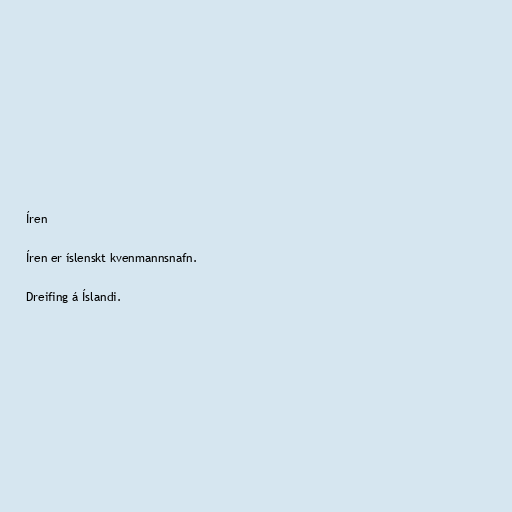
Íren

Íren er íslenskt kvenmannsnafn.

Dreifing á Íslandi.